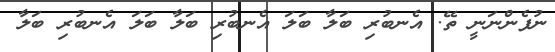
ނުފެންނަނީ ތޭ. އެނބުރި ބަލާ ބަލަ އެނބުރި ބަލާ ބަލަ އެނބުރި ބަލާ